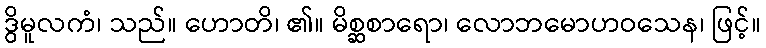
ဒွိမူလကံ၊ သည်။ ဟောတိ၊ ၏။ မိစ္ဆစာရော၊ လောဘမောဟဝသေန၊ ဖြင့်။